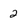
Character: 2